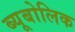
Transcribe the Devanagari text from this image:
ब्यूबोलिक